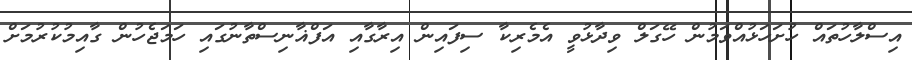
އިސްލާހުތައް ހުށަހަޅުއްވަމުން ހޭގަލް ވިދާޅުވީ އެމެރިކާ ސިފައިން އިރާގާއި އަފްޣާނިސްތާނުގައި ހަމަޖެހުން ގާއިމުކުރުމަށް